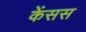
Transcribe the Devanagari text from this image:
केंसस